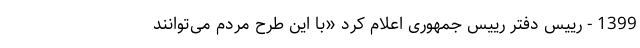
1399 - رییس دفتر رییس جمهوری اعلام کرد «با این طرح مردم می‌توانند